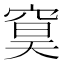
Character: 䆨